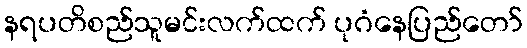
နရပတိစည်သူမင်းလက်ထက် ပုဂံနေပြည်တော်